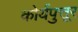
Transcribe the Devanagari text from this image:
कोर्यपुत्तूर